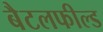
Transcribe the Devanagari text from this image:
बैटलफील्ड